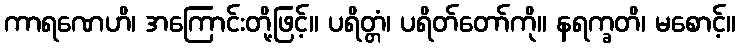
ကာရဏေဟိ၊ အကြောင်းတို့ဖြင့်။ ပရိတ္တံ၊ ပရိတ်တော်ကို။ နရက္ခတိ၊ မစောင့်။